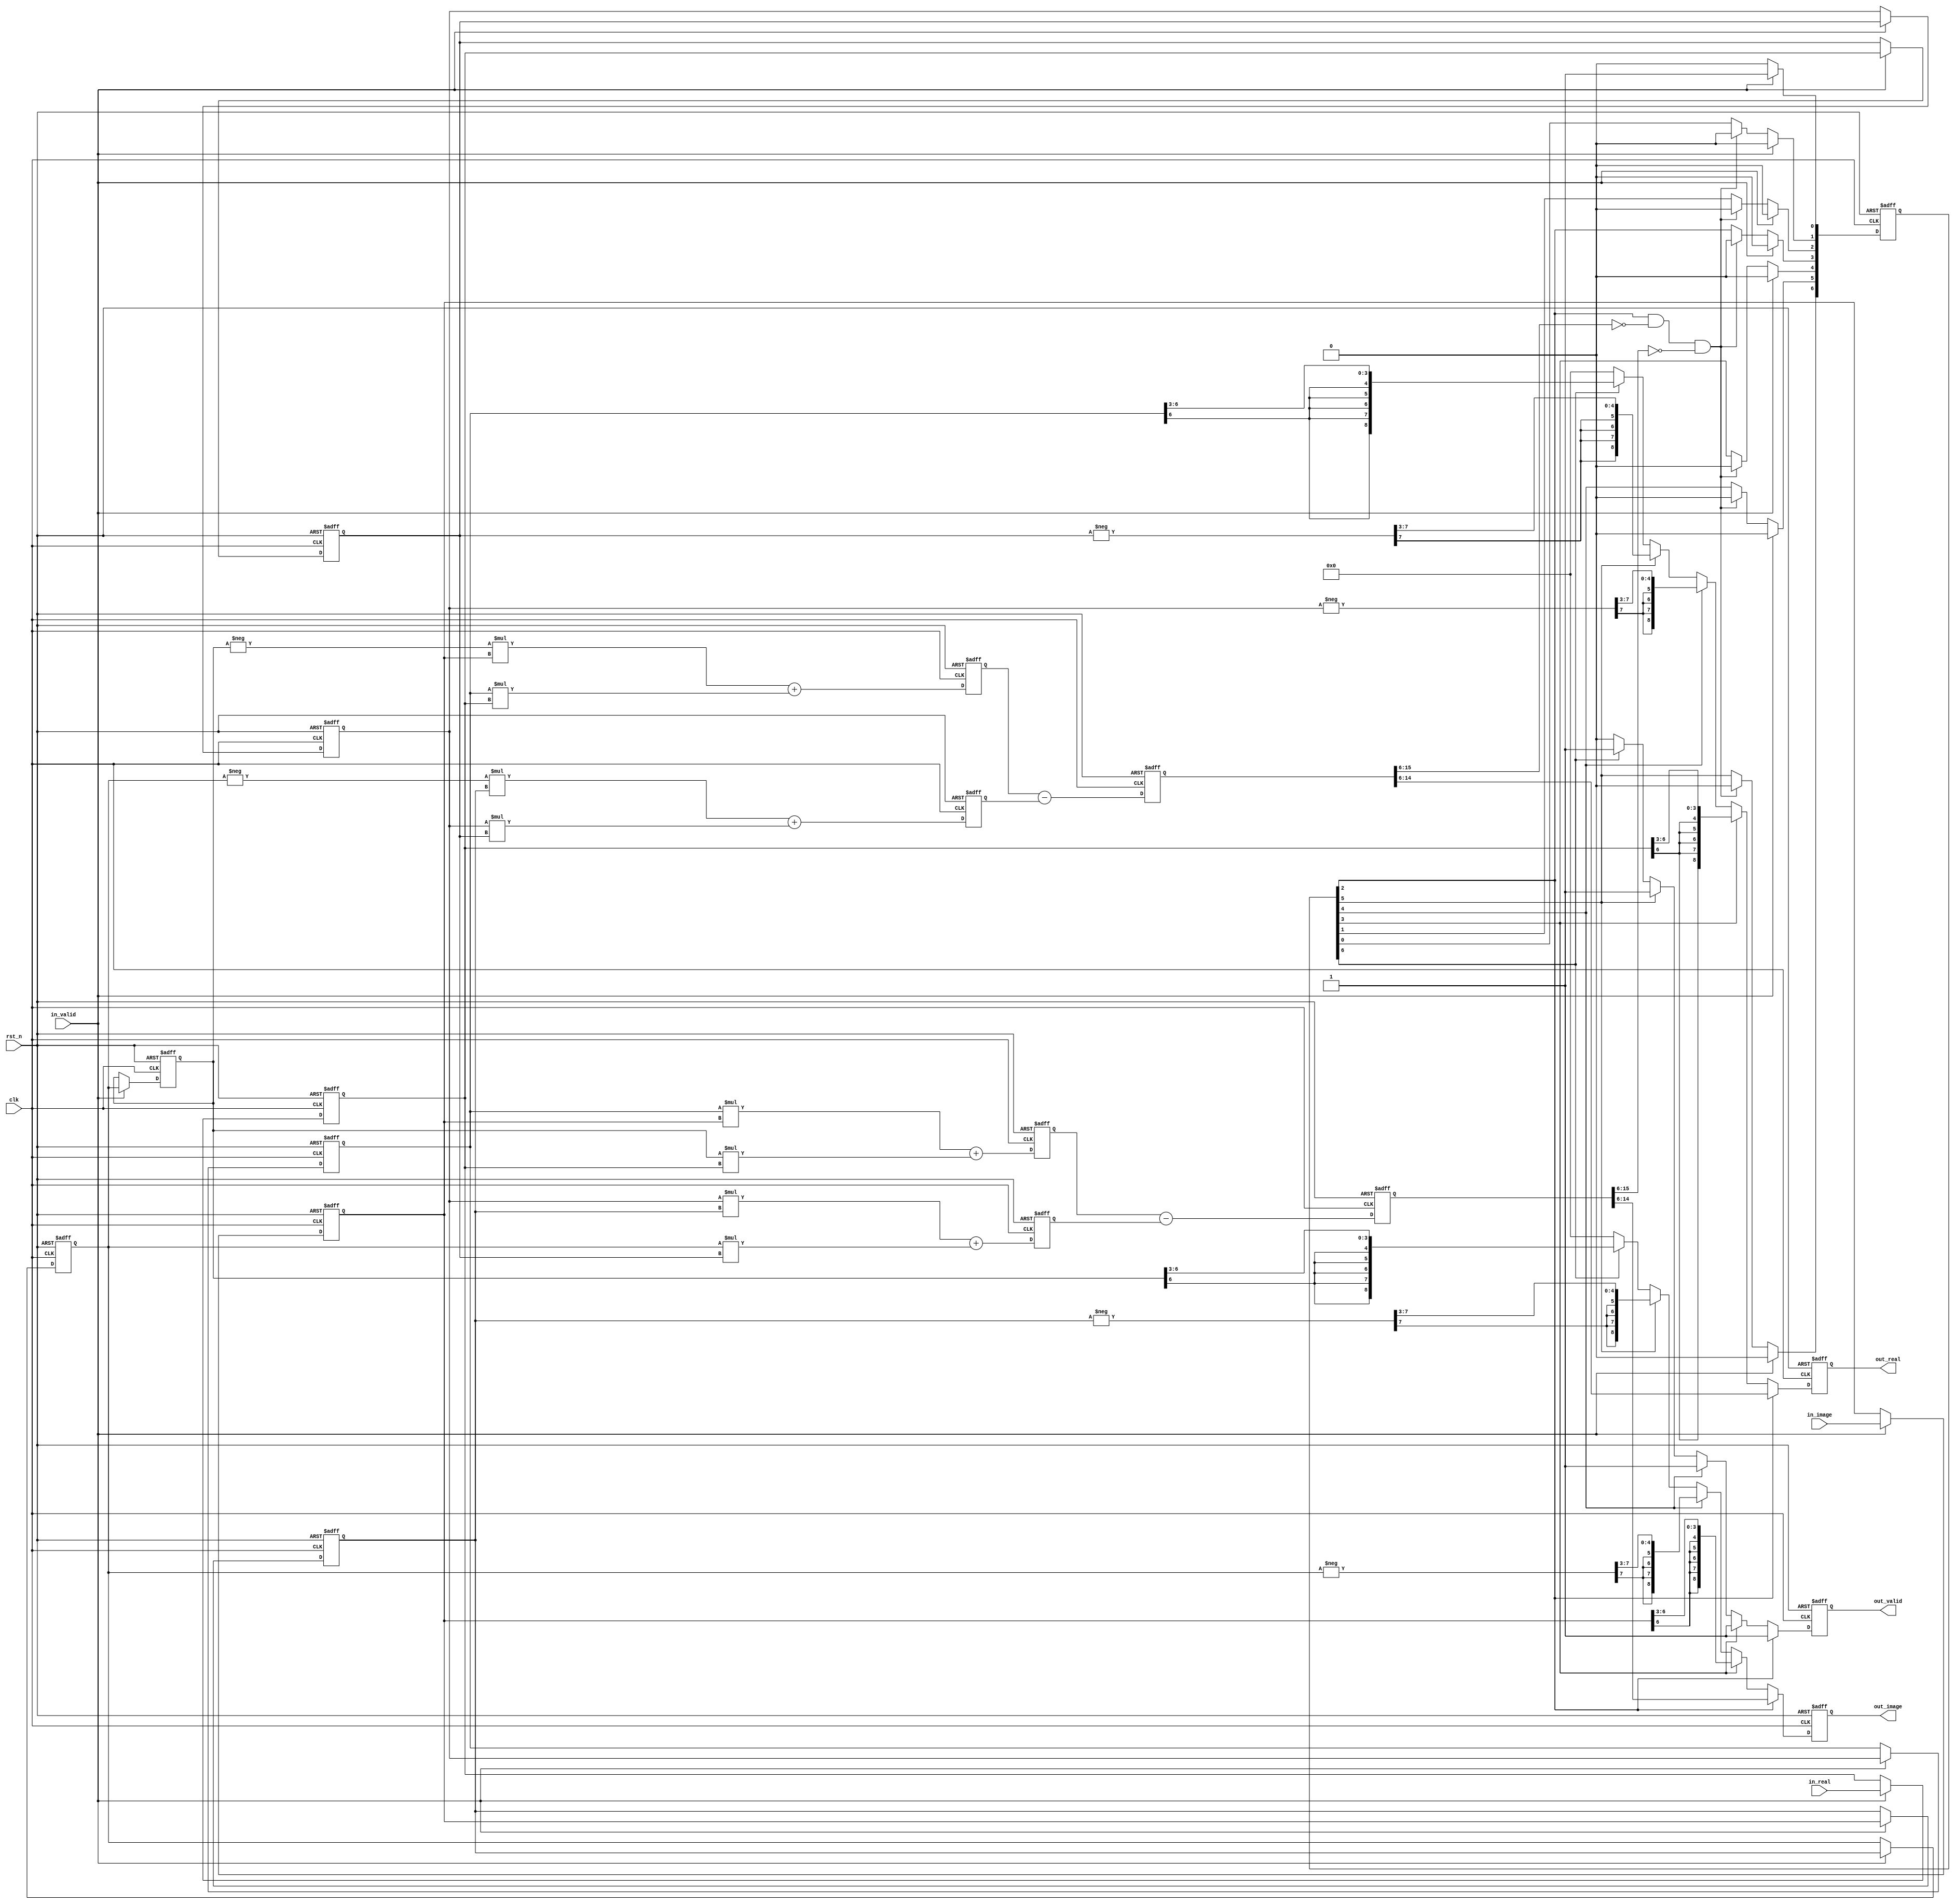
module OT(
	clk,
	rst_n,
	in_valid,
	in_real,
	in_image,
    out_valid,
	out_real,
	out_image
);
input clk;
input rst_n;
input in_valid;
input signed [6:0]in_real;
input signed [6:0]in_image;

output reg out_valid;
output reg signed [8:0]out_real;
output reg signed [8:0]out_image;

parameter print3 = 2.0**3;
parameter print6 = 2.0**6;

parameter IN_INT = 4;
parameter IN_FLOAT = 3;
parameter IN_LEN = 4+3-1;
parameter MULT_LEN = 8+6+1-1;
parameter DET_LEN = MULT_LEN+1;
parameter DET_FLOAT = 2*IN_FLOAT; // 6

reg signed [IN_LEN:0] A_rr; // 4 int + 3 float
reg signed [IN_LEN:0] A_imm;
reg signed [IN_LEN:0] B_rr;
reg signed [IN_LEN:0] B_imm;
reg signed [IN_LEN:0] C_rr;
reg signed [IN_LEN:0] C_imm;
reg signed [IN_LEN:0] D_rr;
reg signed [IN_LEN:0] D_imm;

wire signed [IN_LEN+1:0] B_r_neg;
wire signed [IN_LEN+1:0] B_i_neg;
wire signed [IN_LEN+1:0] C_r_neg;
wire signed [IN_LEN+1:0] C_i_neg;

reg signed [MULT_LEN:0] ad_rr;
reg signed [MULT_LEN:0] ad_imm;
reg signed [MULT_LEN:0] bc_rr;
reg signed [MULT_LEN:0] bc_imm;

reg signed [DET_LEN:0] det_rr;
reg signed [DET_LEN:0] det_imm;

reg [6:0] counter;

/*always @(posedge clk or negedge rst_n) begin
	if(!rst_n) begin
	end else begin
	end
end*/

always @(posedge clk or negedge rst_n) begin
	if(!rst_n) begin
		D_rr <= 0;
		C_rr <= 0;
		B_rr <= 0;
		A_rr <= 0;
	end else if(in_valid==1) begin
		D_rr <= in_real;
		C_rr <= D_rr;
		B_rr <= C_rr;
		A_rr <= B_rr;
	end
end

assign B_r_neg = -$signed({B_rr[IN_LEN],B_rr});
assign B_i_neg = -$signed({B_imm[IN_LEN],B_imm});
assign C_r_neg = -$signed({C_rr[IN_LEN],C_rr});
assign C_i_neg = -$signed({C_imm[IN_LEN],C_imm});

always @(posedge clk or negedge rst_n) begin
	if(!rst_n) begin
		D_imm <= 0;
		C_imm <= 0;
		B_imm <= 0;
		A_imm <= 0;
	end else if(in_valid==1) begin
		D_imm <= in_image;
		C_imm <= D_imm;
		B_imm <= C_imm;
		A_imm <= B_imm;
	end
end

// A*D real
always @(posedge clk or negedge rst_n) begin
	if(!rst_n) begin ad_rr <=0;
	end else begin
		ad_rr <= -A_imm*D_imm + A_rr*D_rr;
	end
end
// A*D img
always @(posedge clk or negedge rst_n) begin
	if(!rst_n) begin ad_imm <=0;
	end else begin
		ad_imm <= A_rr*D_imm + A_imm*D_rr;
	end
end

// B*C real
always @(posedge clk or negedge rst_n) begin
	if(!rst_n) begin bc_rr <=0;
	end else begin
		bc_rr <= -B_imm*C_imm + B_rr*C_rr;
	end
end
// B*C img
always @(posedge clk or negedge rst_n) begin
	if(!rst_n) begin bc_imm <=0;
	end else begin
		bc_imm <= B_rr*C_imm + B_imm*C_rr;
	end
end
// det real
always @(posedge clk or negedge rst_n) begin
	if(!rst_n) begin det_rr <=0;
	end else begin
		det_rr <= ad_rr - bc_rr;
	end
end
// det img
always @(posedge clk or negedge rst_n) begin
	if(!rst_n) begin det_imm <=0;
	end else begin
		det_imm <= ad_imm - bc_imm;
	end
end
// exe counter
always @(posedge clk or negedge rst_n) begin
	if(!rst_n) begin  counter <=0;
	end else if(in_valid==1) begin
		counter[0] <=1;
		counter[6:1] <=0;
	end else if(counter[2]==1 && det_rr[DET_LEN:6]==0 && det_imm[DET_LEN:6]==0) begin
		counter<=0;
	end else begin
		counter[0] <=0;
		counter[1] <= counter[0];
		counter[2] <= counter[1];
		counter[3] <= counter[2];
		counter[4] <= counter[3];
		counter[5] <= counter[4];
		counter[6] <= counter[5];
	end
end
/*
always@(negedge in_valid) begin
	$display("A_(real,img) = %d %f %d %f",A_rr,A_rr/print3,A_imm,A_imm/print3);
	$display("B_(real,img) = %d %f %d %f",B_rr,B_rr/print3,B_imm,B_imm/print3);
	$display("C_(real,img) = %d %f %d %f",C_rr,C_rr/print3,C_imm,C_imm/print3);
	$display("D_(real,img) = %d %f %d %f",D_rr,D_rr/print3,D_imm,D_imm/print3);
	$display("");
end
always@(posedge clk) begin
	if(counter[1]==1) begin
		$display("ad real = %d %f ans=%f",$signed(ad_rr[MULT_LEN:0]),(ad_rr/print6),(A_imm/print3*D_imm/print3)+(A_rr/print3*D_rr/print3));
		$display("ad image = %d %f ans=%f",$signed(ad_imm[MULT_LEN:6]),(ad_imm/print6),(A_imm/print3*D_rr/print3)+(A_rr/print3*D_imm/print3));
		$display("bc real = %d %f ans=%f",$signed(bc_rr[MULT_LEN:6]),(bc_rr/print6),(B_imm/print3*C_imm/print3)+(B_rr/print3*C_rr/print3));
		$display("bc image = %d %f ans=%f",$signed(bc_imm[MULT_LEN:6]),(bc_imm/print6),(B_imm/print3*C_rr/print3)+(B_rr/print3*C_imm/print3));
	$display("");
	end
end
always@(posedge clk) begin
	if(counter[2]==1) begin
		$display("det real = %d %f ",$signed(det_rr[DET_LEN:6]),(det_rr/(2**6)));
		$display("det image = %d %f ",$signed(det_imm[DET_LEN:6]),(det_imm/(2**6)));
	end
end
*/
// out put
always @(posedge clk or negedge rst_n)begin
	if(!rst_n) begin
		out_valid <= 0;
		out_real<=0;
		out_image <=0;
	end else if(counter[2]==1) begin
		out_valid <=1;
		out_real<=$signed(det_rr[DET_LEN:6]);
		out_image<=$signed(det_imm[DET_LEN:6]);
	end else if(counter[3]==1) begin
		out_valid <=1;
		out_real <= $signed(D_rr[IN_LEN:3]);
		out_image<= $signed(D_imm[IN_LEN:3]);
		//$display("D_real=%d,image=%d",D_rr[IN_LEN:3],D_imm[IN_LEN:3]);
	end else if(counter[4]==1) begin
		out_valid <=1;
		out_real <= $signed(B_r_neg[IN_LEN+1:3]);
		out_image<= $signed(B_i_neg[IN_LEN+1:3]);
		//$display("B %d",$signed(B_i_neg[IN_LEN:3]));
	end else if(counter[5]==1) begin
		out_valid <=1;
		out_real <= $signed(C_r_neg[IN_LEN+1:3]);
		out_image<= $signed(C_i_neg[IN_LEN+1:3]);
	end else if(counter[6]==1) begin
		out_valid <=1;
		out_real <= $signed(A_rr[IN_LEN:3]);
		out_image<= $signed(A_imm[IN_LEN:3]);
	end else begin
		out_valid<=0;
		out_real<=0;
		out_image <=0;
	end
end

endmodule